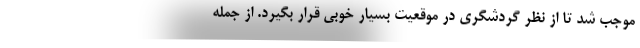
موجب شد تا از نظر گردشگری در موقعیت بسیار خوبی قرار بگیرد. از جمله